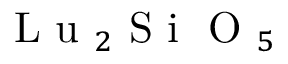
\mathrm { ~ L ~ u ~ } _ { 2 } \mathrm { ~ S ~ i ~ } \mathrm { ~ O ~ } _ { 5 }